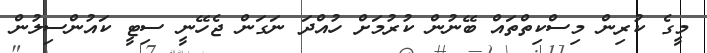
މީގެ ކުރިން މިސްކިތްތައް ބޭނުން ކުރުމަށް ހުއްދަ ނަގަން ޖެހޭނީ ސިޓީ ކައުންސިލުން